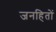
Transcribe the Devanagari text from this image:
जनहितों